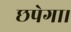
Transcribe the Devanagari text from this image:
छपेगा।